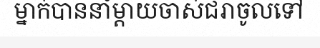
ម្នាក់បាននាំម្តាយចាស់ជរាចូលទៅ